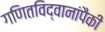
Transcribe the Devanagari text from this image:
गणितविद्वानांपैकी